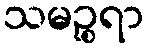
သမဉ္စရာ